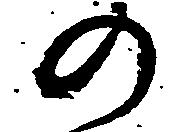
の